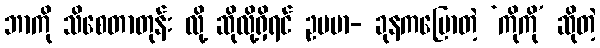
ဘာကို သိစေတာတုန်း လို့ ဆိုလို့ရှိရင် ဥပမာ- ခုနကပြောတဲ့ ‘ကိုကို’ ဆိုတဲ့